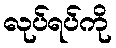
လုပ်ရပ်ကို